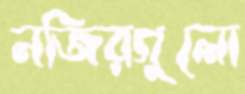
নজিরগুলো